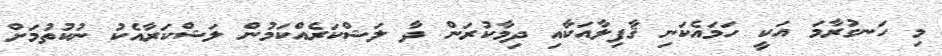
މި ހަނގުރާމަ އަކީ ހަމައެކަނި ޤާފިލާއަކާއި ދިމާކުރަން ދާ ލަޝްކަރެއްކަމުން ލަޝްކަރާއެކު ނުކުތުމަށް